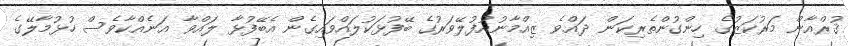
ޤުރްއާން މަރުކަޒުގެ ހިންގުންތެރިކަން ދައްވެ ޒިއްމާނުއުފުލޭވަރުގެ ބޭފުޅަކުލައްވައިގެން އެބޭފުޅާ ލައްވާ އަނެއްކާވެސް ހުޅުމާލޭގެ